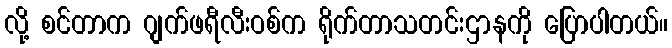
လို့ စင်တာက ဂျက်ဖရီလီးဝစ်က ရိုက်တာသတင်းဌာနကို ပြောပါတယ်။